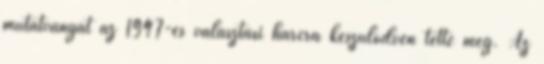
mutatványát az 1947-es választási harcra készülődvén tette meg. Az